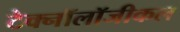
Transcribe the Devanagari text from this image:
टेक्नॉलॉजीकल